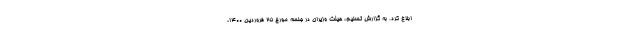
ابلاغ کرد. به گزارش تسنیم، هیئت وزیران در جلسه مورخ 25 فروردین 1400،